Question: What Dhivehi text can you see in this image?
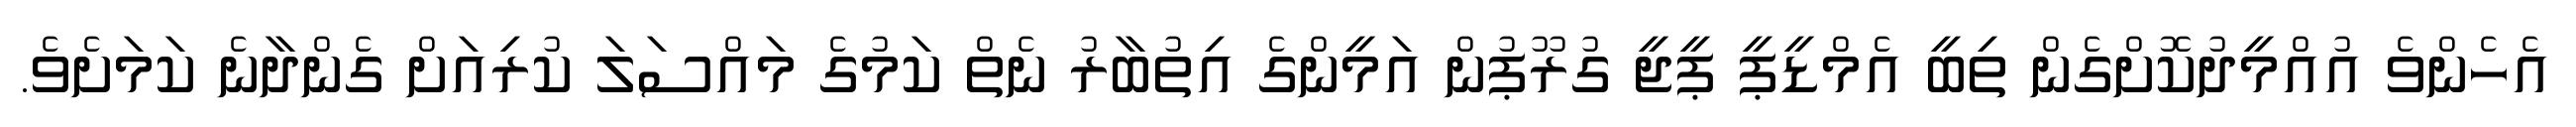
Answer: އެހެންވެ އުއްމީދުކޮށްގެން ތިބީ އެމްޑީޕީ ޕީޖީ ގުރޫޕުން އަމީންގެ އިތުބާރު ނެތް ކަމުގެ މައްސަލަ ކުރިއަށް ގެންދާނެ ކަމަށެވެ.